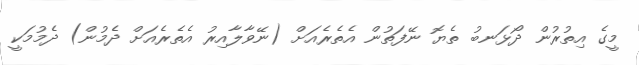
މީގެ އިތުރުން ދޯޅަނބު ތެޔޮ ނޭފަތުން އެތެރެއަށް (ނޭވާލާއިރު އެތެރެއަށް ދެމުން) ދެމުމަކީ